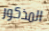
المذكور